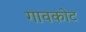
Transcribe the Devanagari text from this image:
गावकोट